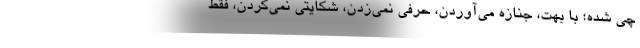
چي شده؛ با بهت، جنازه مي‌آوردن، حرفي نمي‌زدن، شكايتي نمي‌كردن، فقط